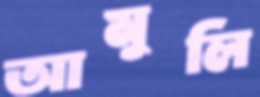
আমুলি